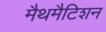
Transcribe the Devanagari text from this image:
मैथमैटिशन